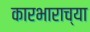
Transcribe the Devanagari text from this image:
कारभाराच्या